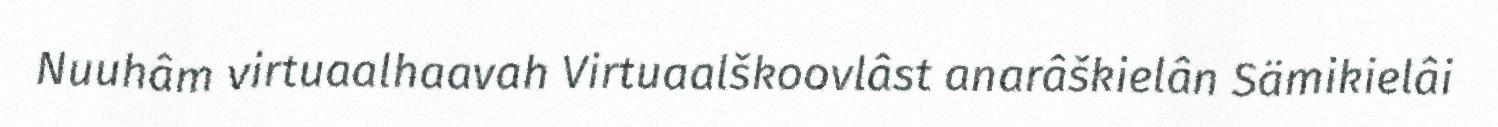
Nuuhâm virtuaalhaavah Virtuaalškoovlâst anarâškielân Sämikielâi